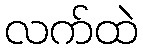
လက်ထဲ